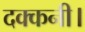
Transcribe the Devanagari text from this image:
दक्कनी।